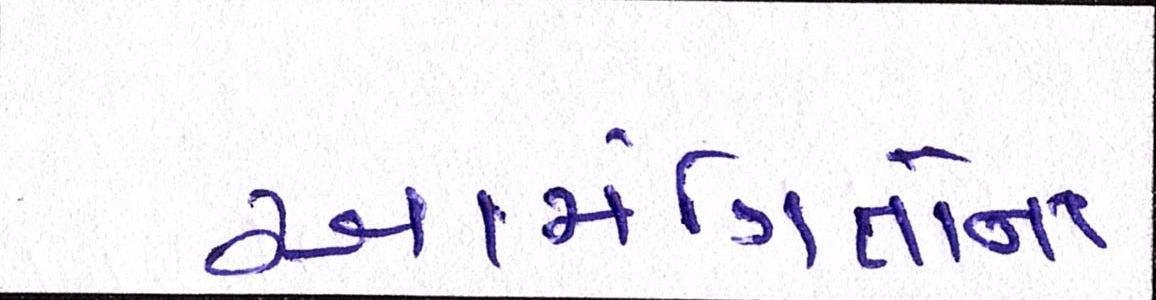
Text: આમંત્રિતોના